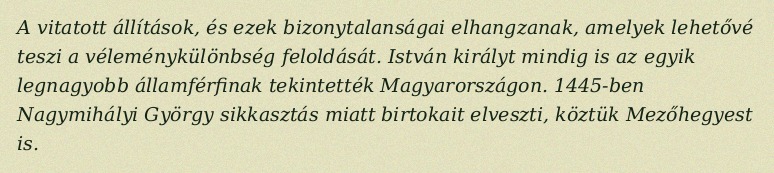
A vitatott állítások, és ezek bizonytalanságai elhangzanak, amelyek lehetővé teszi a véleménykülönbség feloldását. István királyt mindig is az egyik legnagyobb államférfinak tekintették Magyarországon. 1445-ben Nagymihályi György sikkasztás miatt birtokait elveszti, köztük Mezőhegyest is.